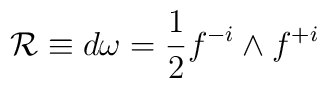
{\cal R} \equiv d \omega = {1\over 2} f^{-i} \wedge f^{+i}